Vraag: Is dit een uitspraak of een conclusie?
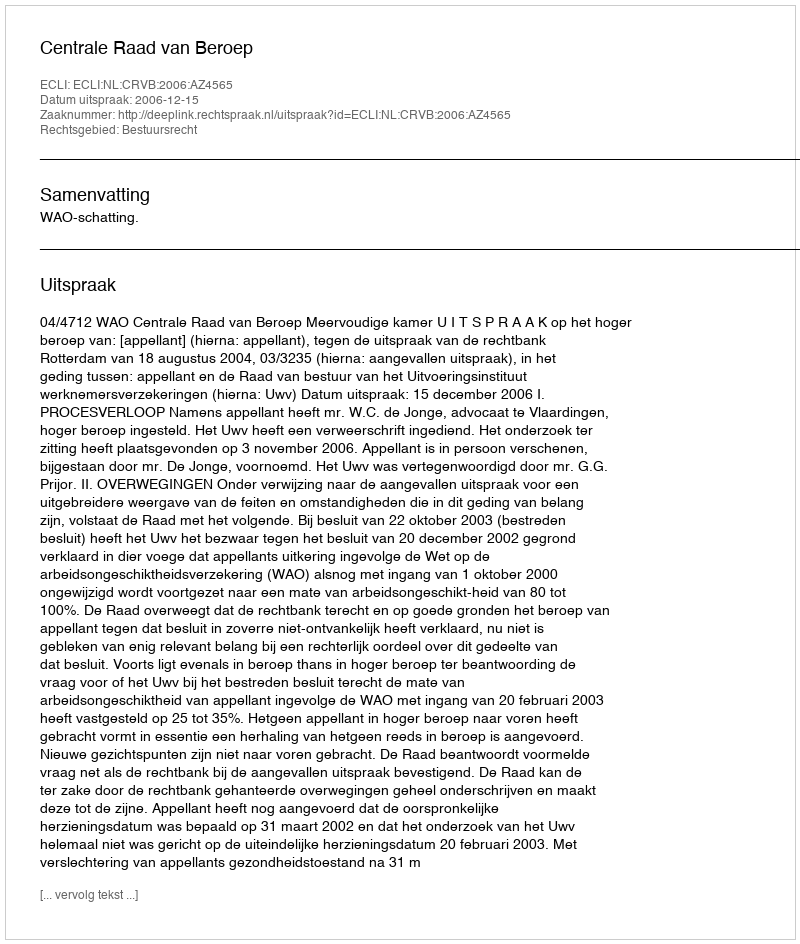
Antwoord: Uitspraak